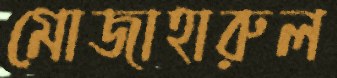
মোজাহারুল